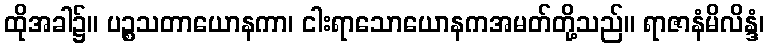
ထိုအခါ၌။ ပဉ္စသတာယောနကာ၊ ငါးရာသောယောနကအမတ်တို့သည်။ ရာဇာနံမိလိန္ဒံ၊